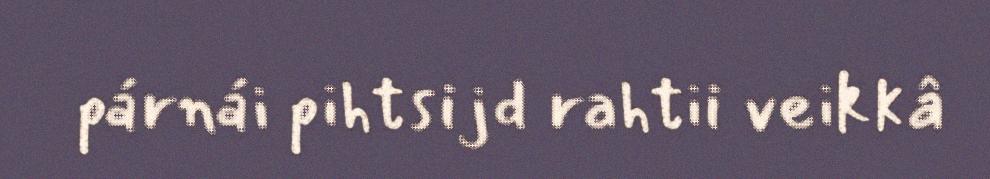
párnái pihtsijd rahtii veikkâ